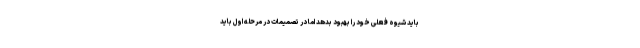
باید شیوه فعلی خود را بهبود بدهد اما در تصمیمات در مرحله اول باید